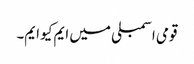
قومی اسمبلی میں ایم کیو ایم۔